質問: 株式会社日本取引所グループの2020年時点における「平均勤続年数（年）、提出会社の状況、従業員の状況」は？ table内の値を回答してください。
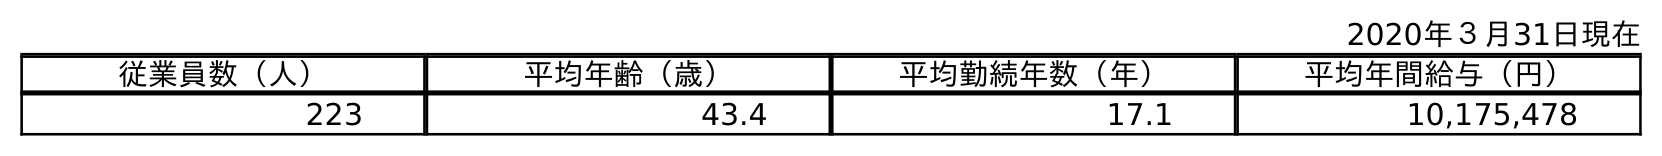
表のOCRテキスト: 2020年３月31日現在 従業員数（人） 平均年齢（歳） 平均勤続年数（年） 平均年間給与（円） 223 43.4 17.1 10,175,478
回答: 17.1